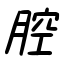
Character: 腔